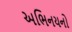
અભિનયનો